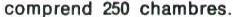
comprend 250 chambres.